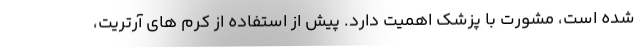
شده است، مشورت با پزشک اهمیت دارد. پیش از استفاده از کرم های آرتریت،